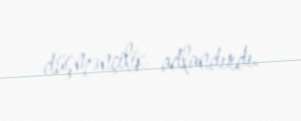
düşmənçilik adlandırdı.